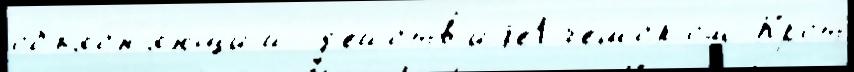
объясн'я́ющий д'ейств'иjе1 че́шском Крот